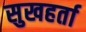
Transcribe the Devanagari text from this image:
सुखहर्ता